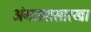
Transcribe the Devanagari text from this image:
अंगठय़ासारखा